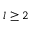
l \ge 2